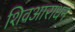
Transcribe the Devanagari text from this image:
शिवआराधन